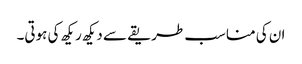
ان کی مناسب طریقے سے دیکھ ریکھ کی ہوتی۔